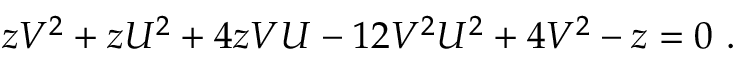
z V ^ { 2 } + z U ^ { 2 } + 4 z V U - 1 2 V ^ { 2 } U ^ { 2 } + 4 V ^ { 2 } - z = 0 ~ .